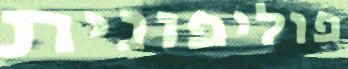
פוליפונית